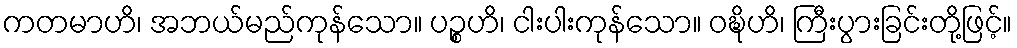
ကတမာဟိ၊ အဘယ်မည်ကုန်သော။ ပဉ္စဟိ၊ ငါးပါးကုန်သော။ ဝဍ္ဎိဟိ၊ ကြီးပွားခြင်းတို့ဖြင့်။